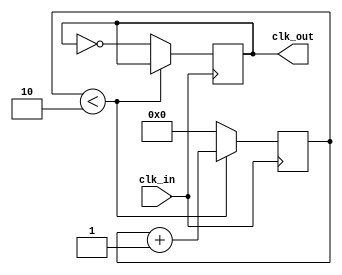
module DivisorClock (clk_in,clk_out);

	parameter [31:0]divisor= 2;
	
	reg [31:0]contador;
	input clk_in;
	output reg clk_out = 1'b1;
	
	always@(posedge clk_in)
	begin
		if(contador<divisor) contador = contador + 32'd1;
		else
		begin
			clk_out = ~clk_out;
			contador = 32'd0;
		end
	end

endmodule 

/*module DivisorClock( clk ,rst,out_clk );
output reg out_clk;
input clk ;
input rst;
always @(posedge clk)
begin
if (~rst)
     out_clk <= 1'b0;
else
     out_clk <= ~out_clk;	
end
endmodule*/